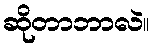
ဆိုတာဘာလဲ။